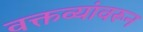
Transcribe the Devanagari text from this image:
वक्तव्यांवरून